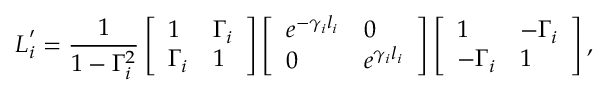
\boldsymbol { L } _ { i } ^ { \prime } = \frac { 1 } { 1 - \Gamma _ { i } ^ { 2 } } \left[ \begin{array} { l l } { 1 } & { \Gamma _ { i } } \\ { \Gamma _ { i } } & { 1 } \end{array} \right] \left[ \begin{array} { l l } { e ^ { - \gamma _ { i } l _ { i } } } & { 0 } \\ { 0 } & { e ^ { \gamma _ { i } l _ { i } } } \end{array} \right] \left[ \begin{array} { l l } { 1 } & { - \Gamma _ { i } } \\ { - \Gamma _ { i } } & { 1 } \end{array} \right] ,